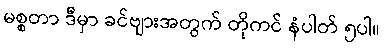
မစ္စတာ ဒီမှာ ခင်ဗျားအတွက် တိုကင် နံပါတ် ၅ပါ။